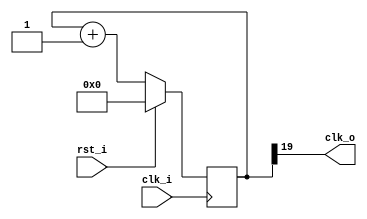
/*
 *  Phase accumulator clock generator:
 *   Output Frequency Fo = Fc * N / 2^bits
 *   Output Jitter = 1/Fc
 *
 *  Copyright (c) 2009,2010  Zeus Gomez Marmolejo <zeus@aluzina.org>
 *
 *  This file is part of the Zet processor. This processor is free
 *  hardware; you can redistribute it and/or modify it under the terms of
 *  the GNU General Public License as published by the Free Software
 *  Foundation; either version 3, or (at your option) any later version.
 *
 *  Zet is distrubuted in the hope that it will be useful, but WITHOUT
 *  ANY WARRANTY; without even the implied warranty of MERCHANTABILITY
 *  or FITNESS FOR A PARTICULAR PURPOSE. See the GNU General Public
 *  License for more details.
 *
 *  You should have received a copy of the GNU General Public License
 *  along with Zet; see the file COPYING. If not, see
 *  <http://www.gnu.org/licenses/>.
 */

module clk_gen #(
    parameter res    = 20,    // bits - bit resolution
    parameter phase  =  1     // N - phase value for the counter
  )(
    input      clk_i, // Fc - input frequency
    input      rst_i,
    output     clk_o  // Fo - output frequency
  );

  // Registers and nets
  reg [res-1:0] cnt;

  // Continuous assignments
  assign clk_o = cnt[res-1];

  // Behaviour
  always @(posedge clk_i)
    cnt <= rst_i ? {res{1'b0}} : (cnt + phase);

endmodule